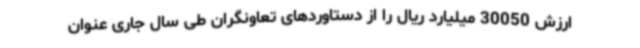
ارزش 30050 میلیارد ریال را از دستاوردهای تعاونگران طی سال جاری عنوان